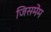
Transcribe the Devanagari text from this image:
जिसमेंम